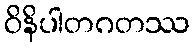
ဝိနိပါတဂတဿ